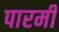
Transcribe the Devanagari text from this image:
पारमी